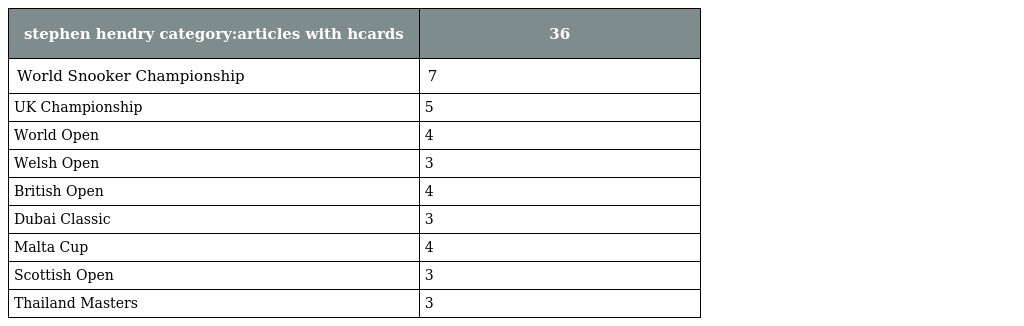
| stephen hendry category:articles with hcards | 36 |
 | --- | --- |
 | World Snooker Championship | 7 |
 | UK Championship | 5 |
 | World Open | 4 |
 | Welsh Open | 3 |
 | British Open | 4 |
 | Dubai Classic | 3 |
 | Malta Cup | 4 |
 | Scottish Open | 3 |
 | Thailand Masters | 3 |